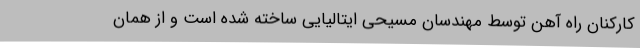
کارکنان راه آهن توسط مهندسان مسیحی ایتالیایی ساخته شده است و از همان